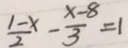
\frac { 1 - x } { 2 } - \frac { x - 8 } { 3 } = 1